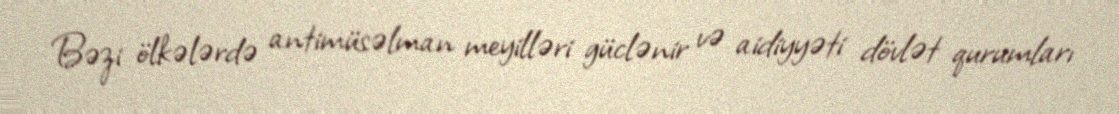
Bəzi ölkələrdə antimüsəlman meyilləri güclənir və aidiyyəti dövlət qurumları